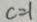
c = 1